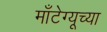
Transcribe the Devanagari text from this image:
माँटेग्यूच्या